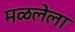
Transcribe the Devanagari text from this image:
मळलेला